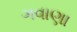
ગવાણા